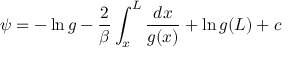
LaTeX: \psi = - \ln g - { \frac { 2 } { \beta } } \int _ { x } ^ { L } { \frac { d x } { g ( x ) } } + \ln g ( L ) + c